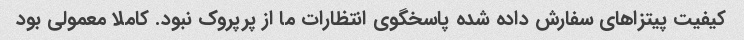
کیفیت پیتزاهای سفارش داده شده پاسخگوی انتظارات ما از پرپروک نبود. کاملا معمولی بود